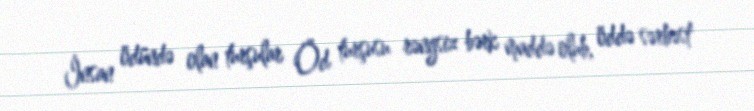
İnsan ödündə olan turşular Öd turşusu rəngsiz bərk maddə olub, öddə sərbəst